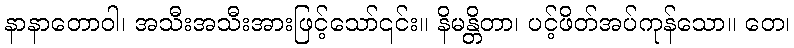
နာနာတောဝါ၊ အသီးအသီးအားဖြင့်သော်၎င်း။ နိမန္တိတာ၊ ပင့်ဖိတ်အပ်ကုန်သော။ တေ၊